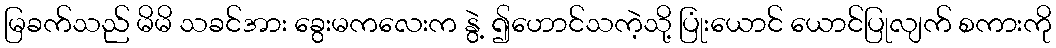
မြခက်သည် မိမိ သခင်အား ခွေးမကလေးက နွဲ့ ၍ဟောင်သကဲ့သို့ ပြုံးယောင် ယောင်ပြုလျက် စကားကို